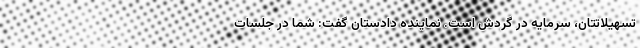
تسهیلاتتان، سرمایه در گردش است. نماینده دادستان گفت: شما در جلسات